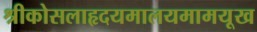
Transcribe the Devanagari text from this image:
श्रीकोसलाहृदयमालयमामयूख